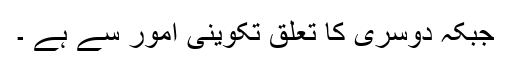
جبکہ دوسری کا تعلق تکوینی امور سے ہے ۔